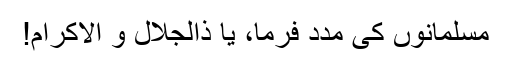
مسلمانوں کی مدد فرما، یا ذالجلال و الاکرام!